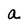
Character: a